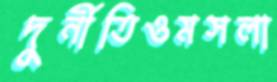
দুর্নীতিওমসলা